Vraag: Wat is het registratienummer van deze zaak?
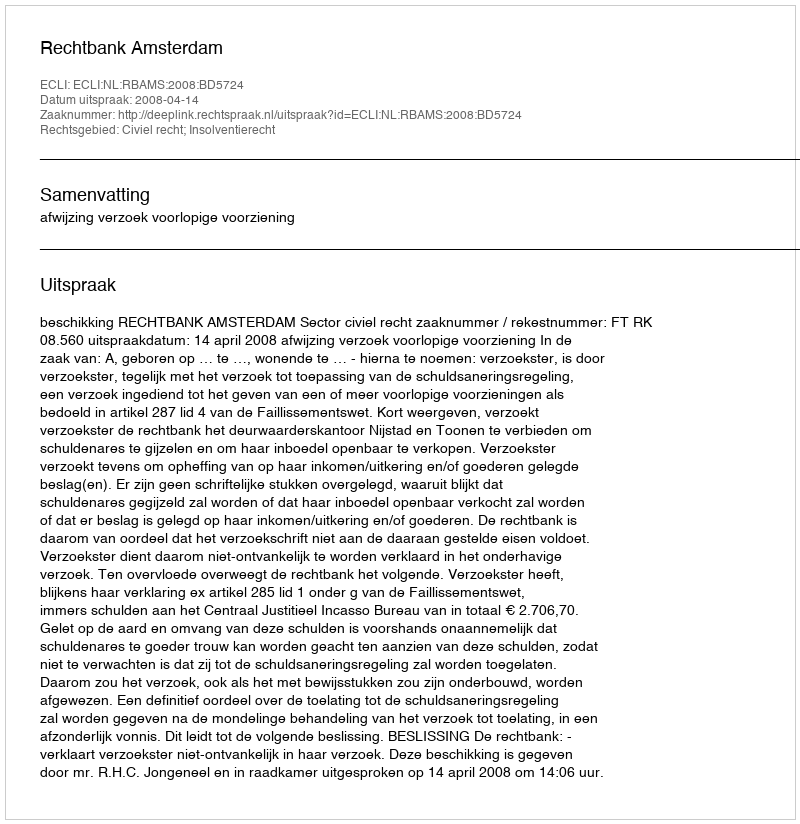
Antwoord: http://deeplink.rechtspraak.nl/uitspraak?id=ECLI:NL:RBAMS:2008:BD5724